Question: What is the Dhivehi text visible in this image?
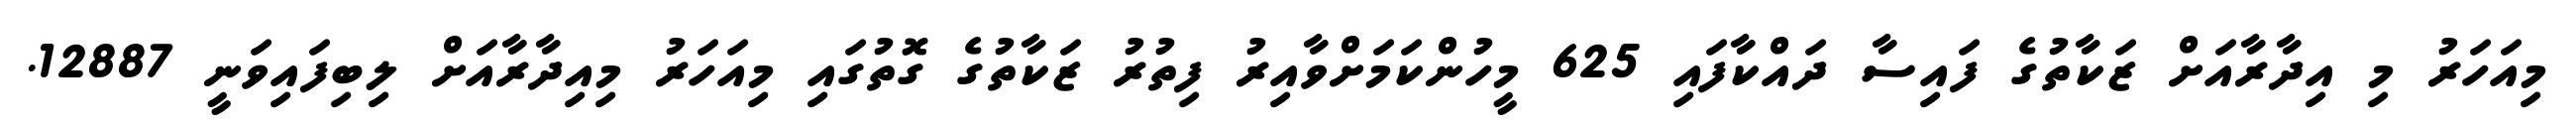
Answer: މިއަހަރު މި އިދާރާއަށް ޒަކާތުގެ ފައިސާ ދައްކާފައި 625 މީހުންކަމަށްވާއިރު ފިތުރު ޒަކާތުގެ ގޮތުގައި މިއަހަރު މިއިދާރާއަށް ލިބިފައިވަނީ 12887.